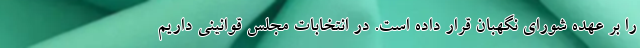
را بر عهده شورای نگهبان قرار داده است. در انتخابات مجلس قوانینی داریم